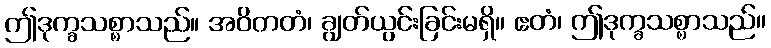
ဤဒုက္ခသစ္စာသည်။ အဝိတတံ၊ ချွတ်ယွင်းခြင်းမရှိ။ ဧတံ၊ ဤဒုက္ခသစ္စာသည်။